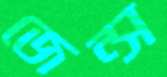
জেন্স